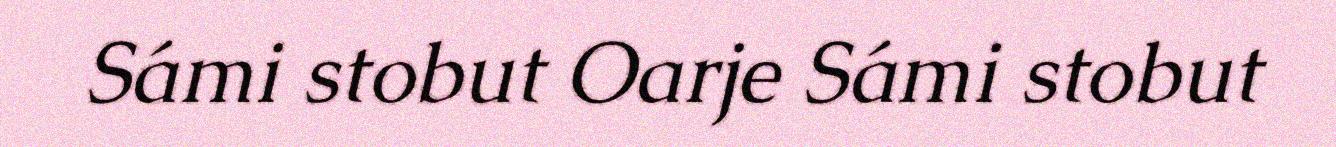
Sámi stobut Oarje Sámi stobut